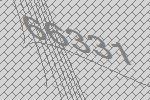
66331